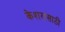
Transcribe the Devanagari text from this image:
केशरासाठी